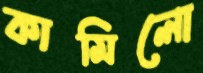
কামিলো